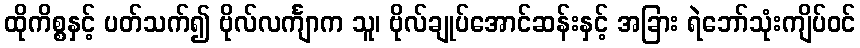
ထိုကိစ္စနှင့် ပတ်သက်၍ ဗိုလ်လင်္ကျာက သူ၊ ဗိုလ်ချုပ်အောင်ဆန်းနှင့် အခြား ရဲဘော်သုံးကျိပ်ဝင်